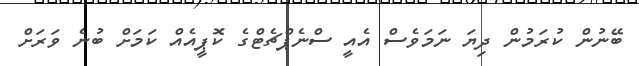
ބޭނުން ކުރަމުން ދިޔަ ނަމަވެސް އެއީ ސްނެޕްޗެޓްގެ ކޮޕީއެއް ކަމަށް ބުނެ ވަރަށް